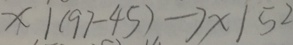
x \vert ( 9 7 - 4 5 ) \rightarrow x \vert 5 2